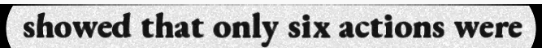
showed that only six actions were